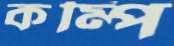
কম্পি